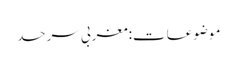
موضوعات:مغربی سرحد